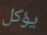
يؤكل